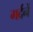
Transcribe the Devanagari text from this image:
गर्दनें